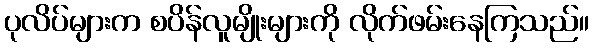
ပုလိပ်များက စပိန်လူမျိုးများကို လိုက်ဖမ်းနေကြသည်။